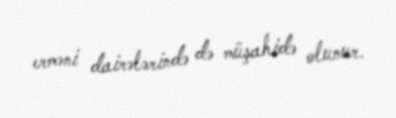
erməni dairələrində də müşahidə olunur.